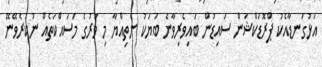
އަޅުގަނޑާއެކު ޕްރޮޑަކްޝަން ސައިޑުން ބައިވެރިވާނެ ބަޔަކު ނެތިއްޔާ މި ވަރުގެ މަސައްކަތެއް ނުކުރެވޭނޭ